65_HS1-834228961_62-HQ-83894_Serial_164
Agency: FBI
Page 80
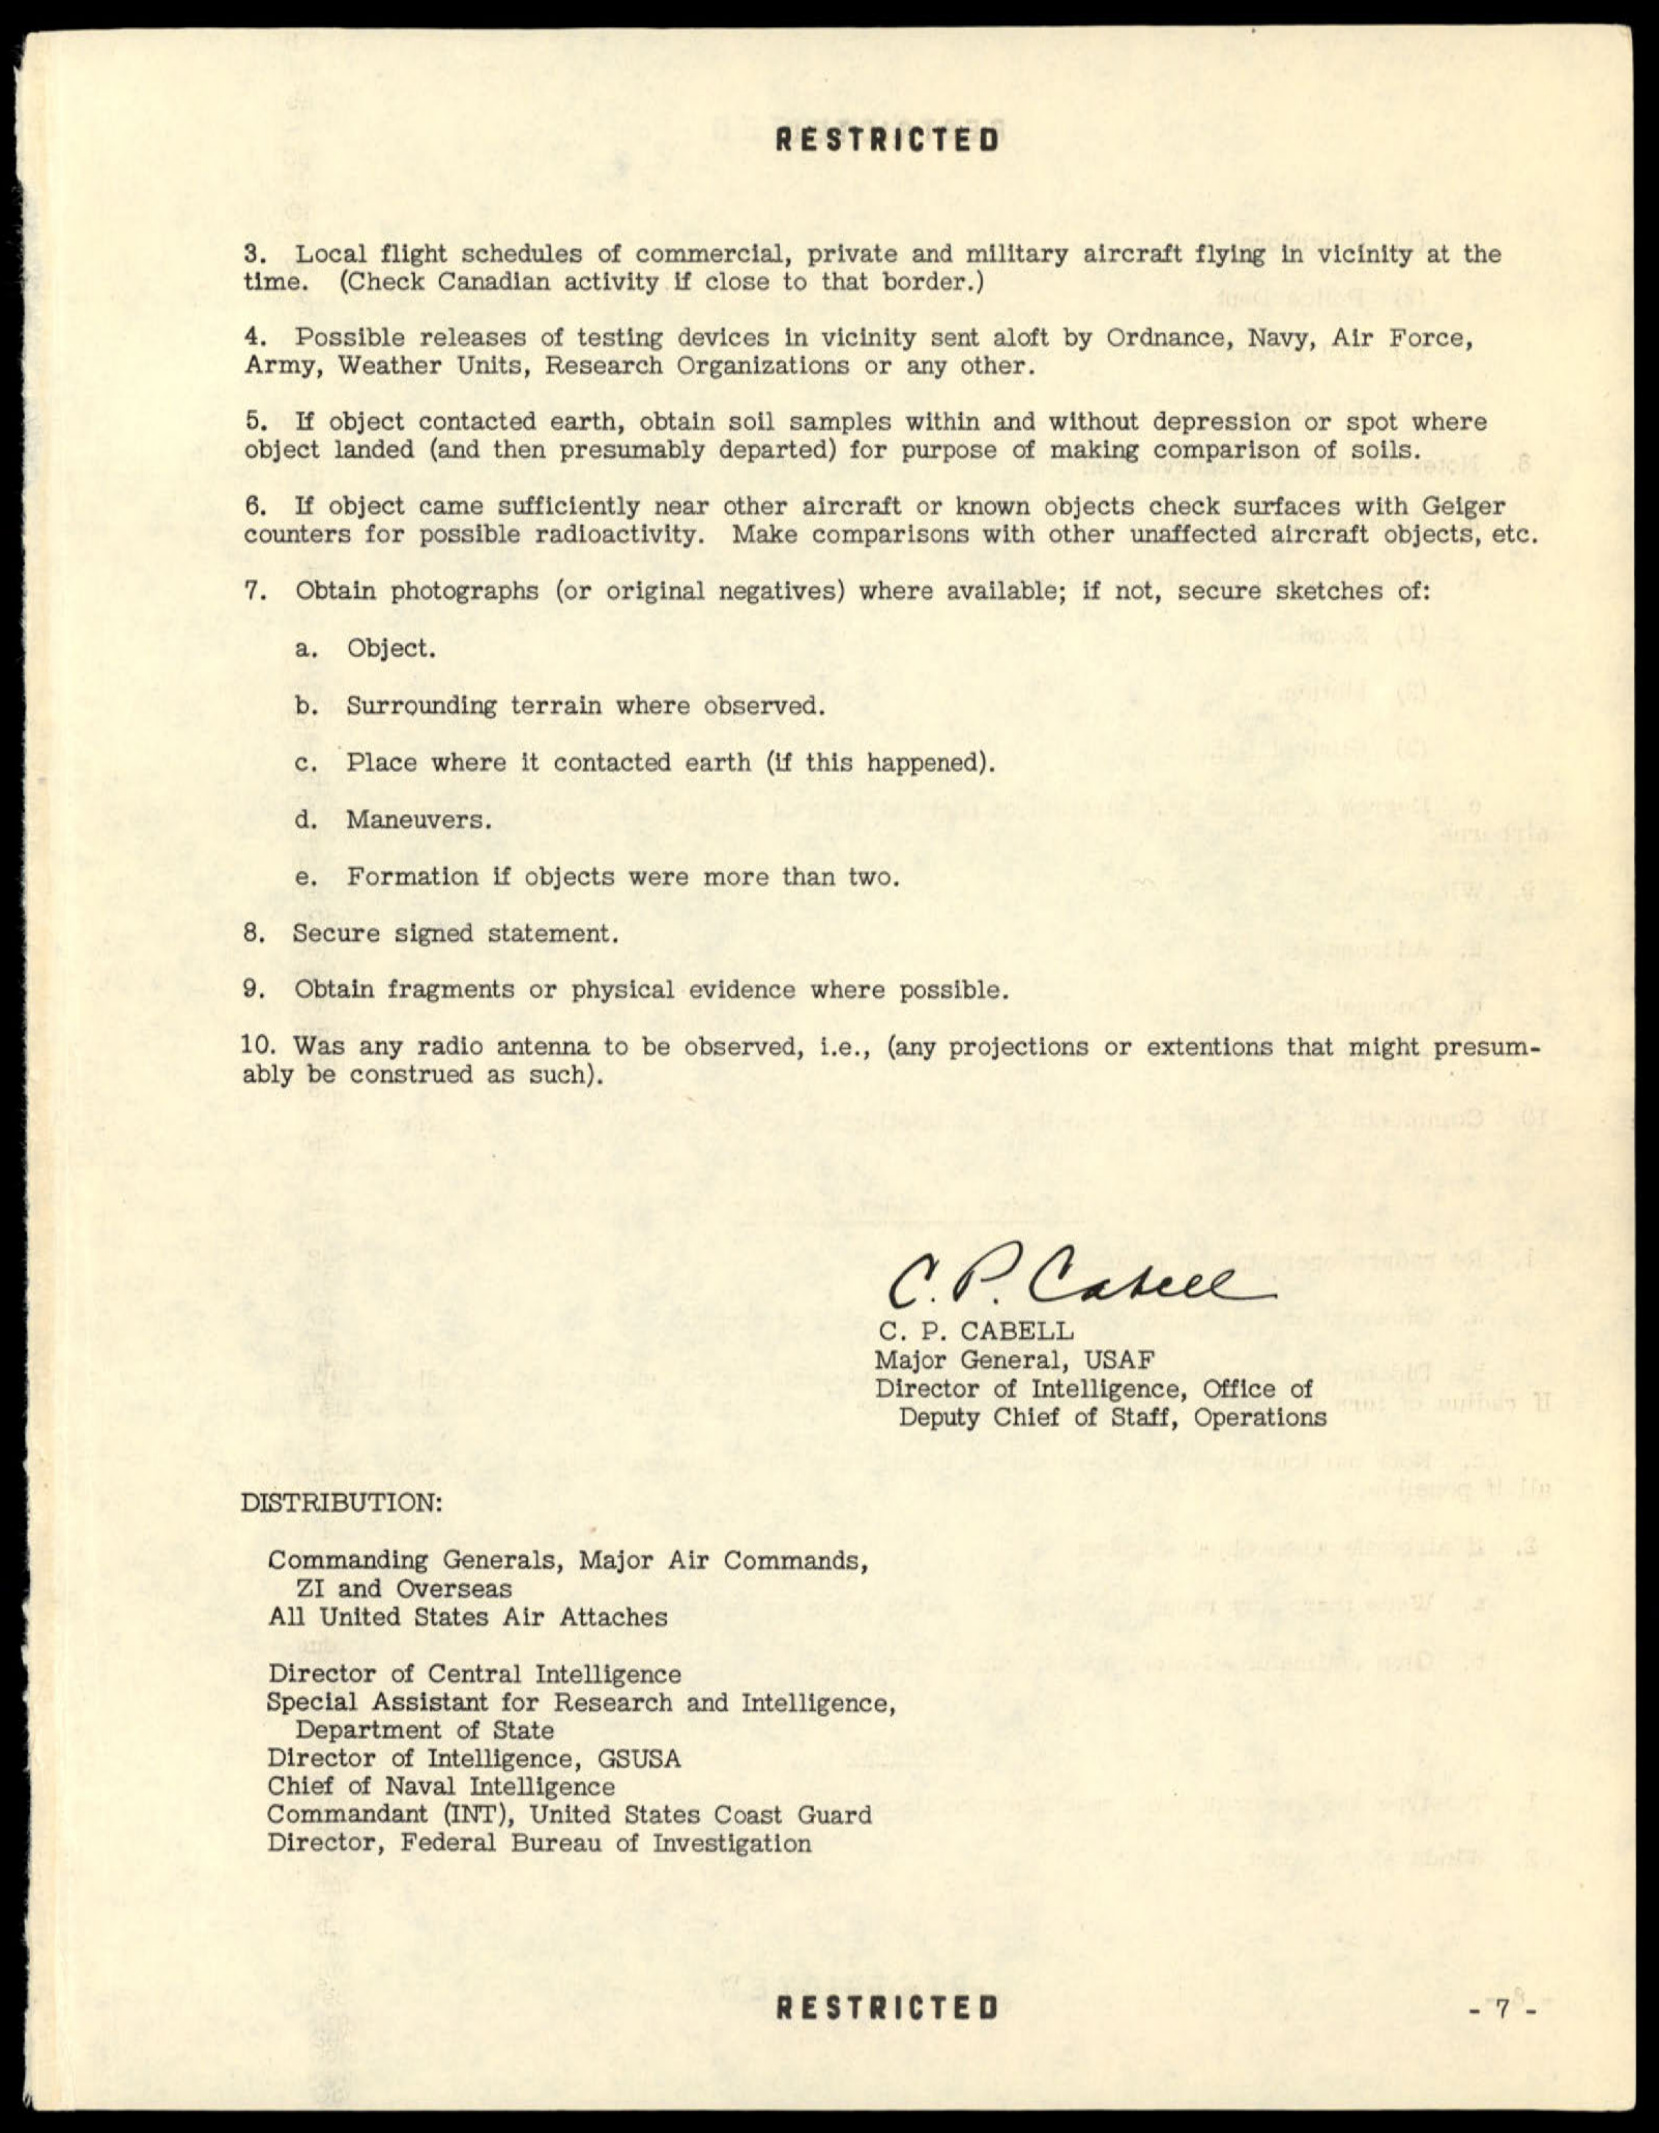